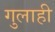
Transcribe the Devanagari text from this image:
गुलाही